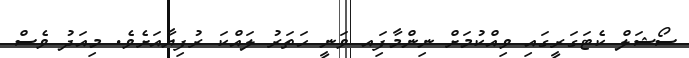
ސޯޝަލް ކެޓަގަރީގައި ވިއްކުމަށް ނިންމާފަިއ ވަނީ ހަތަރު ލައްކަ ރުފިޔާއަށެވެ. މިއަދު ވެސް